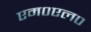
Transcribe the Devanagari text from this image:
एम०एल०